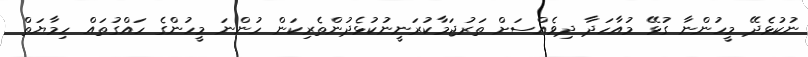
ނުކުޅެދޭ މީހުންނާ ގުޅޭ މުއާހަދާ ދިވެއްސަށް ތަރުޖަމާކުރަނީނުކުޅެދުންތެރިކަން ހުންނަ މީހުންގެ ހައްގުތައް ހިމާޔަތް